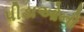
પીડાઓનો